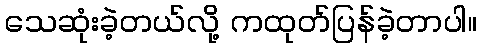
သေဆုံးခဲ့တယ်လို့ ကထုတ်ပြန်ခဲ့တာပါ။